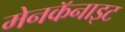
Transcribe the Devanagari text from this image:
मेनकॅनाइट